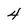
Character: 4